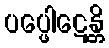
ပပ္ဖေါဋေန္တိ